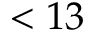
< 1 3